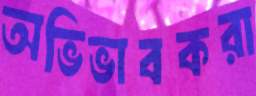
অভিভাবকরা